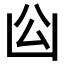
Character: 𠚅